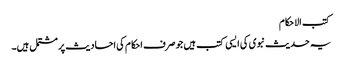
کتب الاحکام
یہ حدیث نبوی کی ایسی کتب ہیں جو صرف احکام کی احادیث پر مشتمل ہیں۔